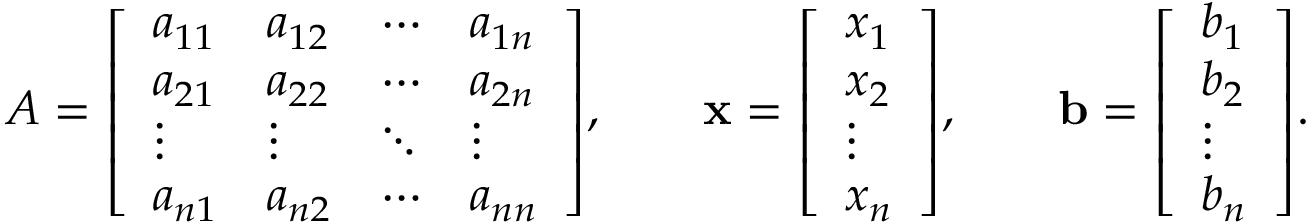
A = { \left[ \begin{array} { l l l l } { a _ { 1 1 } } & { a _ { 1 2 } } & { \cdots } & { a _ { 1 n } } \\ { a _ { 2 1 } } & { a _ { 2 2 } } & { \cdots } & { a _ { 2 n } } \\ { \vdots } & { \vdots } & { \ddots } & { \vdots } \\ { a _ { n 1 } } & { a _ { n 2 } } & { \cdots } & { a _ { n n } } \end{array} \right] } , \qquad \mathbf { x } = { \left[ \begin{array} { l } { x _ { 1 } } \\ { x _ { 2 } } \\ { \vdots } \\ { x _ { n } } \end{array} \right] } , \qquad \mathbf { b } = { \left[ \begin{array} { l } { b _ { 1 } } \\ { b _ { 2 } } \\ { \vdots } \\ { b _ { n } } \end{array} \right] } .